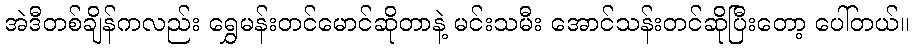
အဲဒီတစ်ချိန်ကလည်း ရွှေမန်းတင်မောင်ဆိုတာနဲ့ မင်းသမီး အောင်သန်းတင်ဆိုပြီးတော့ ပေါ်တယ်။